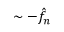
\sim - \hat { f } _ { n }